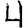
Digit: 4